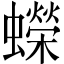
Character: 蠑